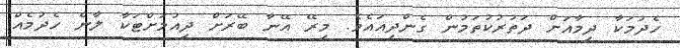
ހެދުމަކާ ދިމާއަށް ދަތުރުކުތަމުން ގެންދިއައެވެ. މިރޭ އޭނާ ބޭރަށް ދިއުމަށްޓަކާ ލާނެ ހެދުމެެއް